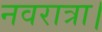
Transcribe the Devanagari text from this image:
नवरात्रा।